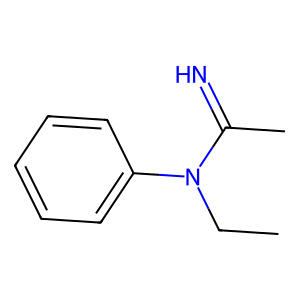
SMILES: CCN(C(C)=N)c1ccccc1
Inhibits HIV replication: No